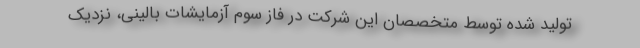
تولید شده توسط متخصصان این شرکت در فاز سوم آزمایشات بالینی، نزدیک